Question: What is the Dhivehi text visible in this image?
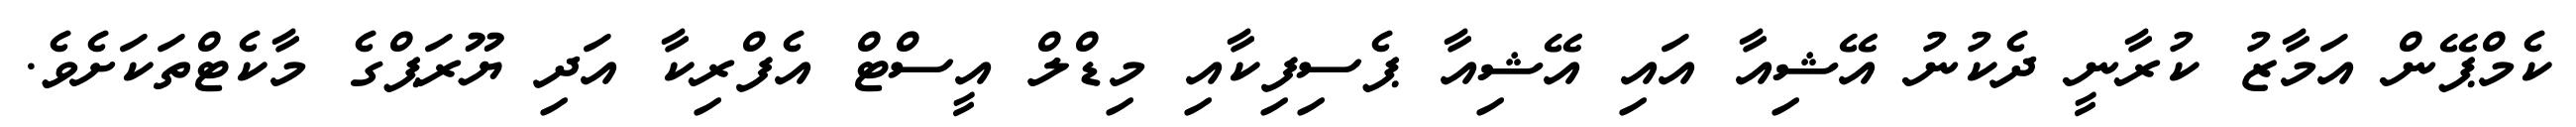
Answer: ކެމްޕޭން އަމާޒު ކުރާނީ ދެކުނު އޭޝިއާ އައި އޭޝިއާ ޕެސިފިކާއި މިޑްލް އީސްޓް އެފްރިކާ އަދި ޔޫރަޕްގެ މާކެޓްތަކަށެވެ.